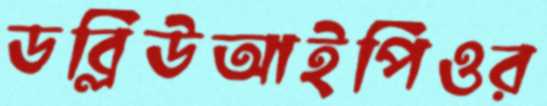
ডব্লিউআইপিওর